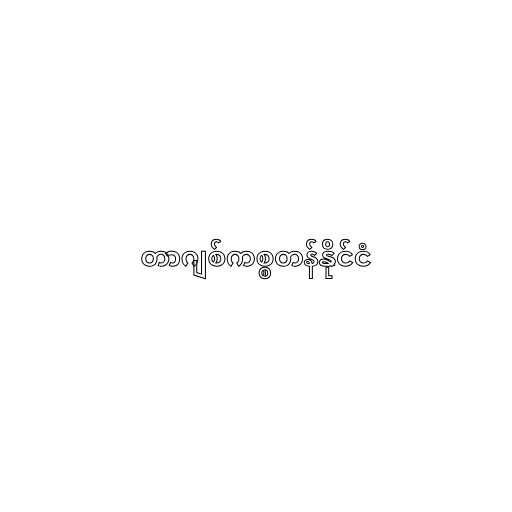
တာဂျစ်ကစ္စတန်နိုင်ငံ